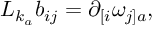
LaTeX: { \cal L } _ { k _ { a } } b _ { i j } = \partial _ { [ i } \omega _ { j ] a } ,